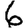
Digit: 6